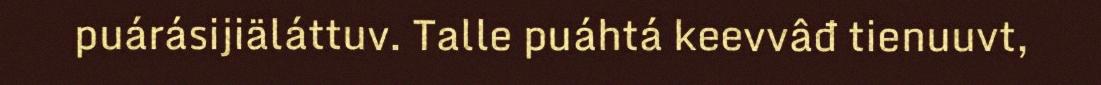
puárásijiäláttuv. Talle puáhtá keevvâđ tienuuvt,